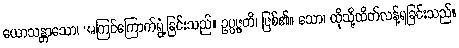
ယောသန္တာသော၊ အကြင်ကြောက်ရွံ့ခြင်းသည်။ ဥပ္ပဇ္ဇတိ၊ ဖြစ်၏။ သော၊ ထိုသို့ထိတ်လန့်ရခြင်းသည်။